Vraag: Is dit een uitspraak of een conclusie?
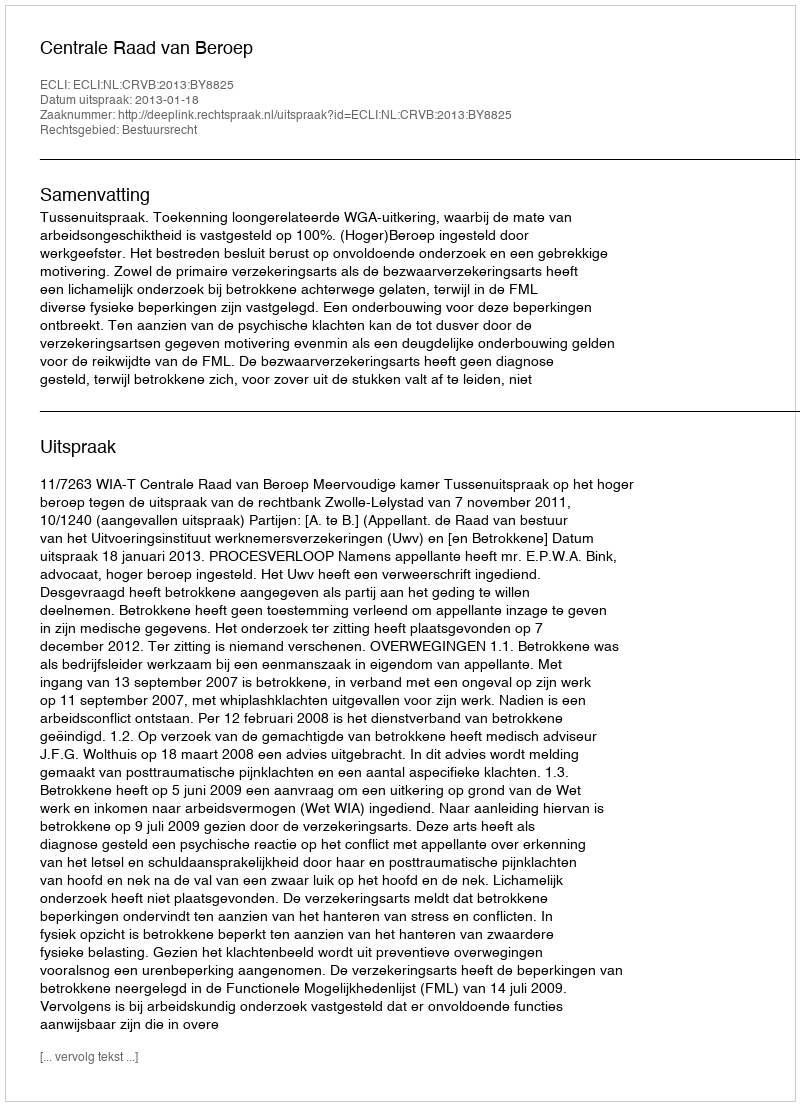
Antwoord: Uitspraak